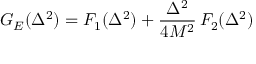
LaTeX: G _ { E } ( \Delta ^ { 2 } ) = F _ { 1 } ( \Delta ^ { 2 } ) + \frac { \Delta ^ { 2 } } { 4 M ^ { 2 } } \, F _ { 2 } ( \Delta ^ { 2 } )